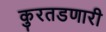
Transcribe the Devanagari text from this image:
कुरतडणारी